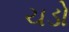
ચડો